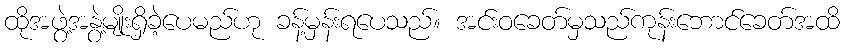
ထိုအဖွဲ့အနွဲ့မျိုးရှိခဲ့ပေမည်ဟု ခန့်မှန်းရပေသည်။ အင်းဝခေတ်မှသည်ကုန်းဘောင်ခေတ်အထိ